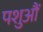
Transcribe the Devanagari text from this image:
पशुऔं